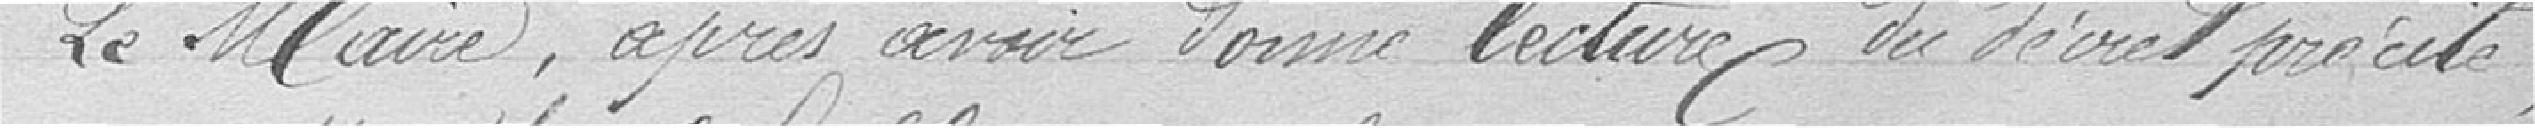
Le Maire, après avoir donné lecture du décret précité,